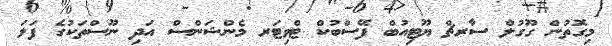
މިގޮތުން ގޫގުލް ސާރޗް ޔޫޓިއުބް ފޭސްބުކް ޓްވިޓަރ މެންޝަންސް އަދި ނޫސްތަކުގެ ފަލަ